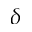
\delta